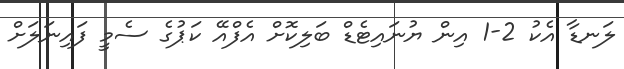
ލަނޑާ އެކު 2-1 އިން ޔުނައިޓެޑް ބަލިކޮށް އެފްއޭ ކަޕުގެ ސެމީ ފައިނަލަށް